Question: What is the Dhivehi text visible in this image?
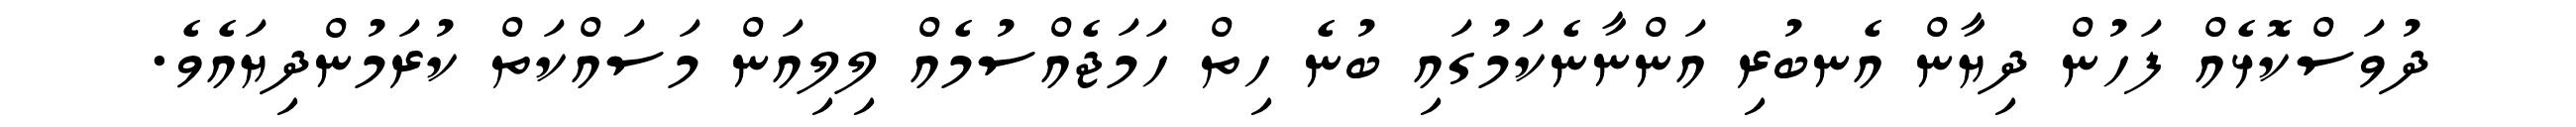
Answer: ދުވަސްކޮޅެއް ފަހުން ދިޔާން އެނބުރި އަންނާނެކަމުގައި ބުނެ ހިތް ހަމަޖެއްސުމެއް ލިލިއަން މަސައްކަތް ކުރަމުންދިޔައެވެ.